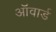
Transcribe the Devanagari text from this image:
ऑवार्ड